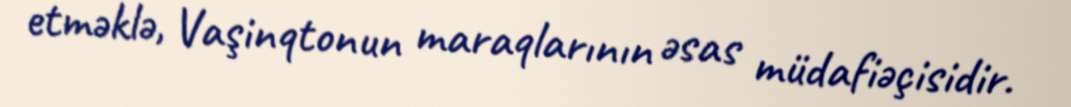
etməklə, Vaşinqtonun maraqlarının əsas müdafiəçisidir.